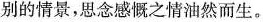
别的情景，思念感慨之情油然而生。